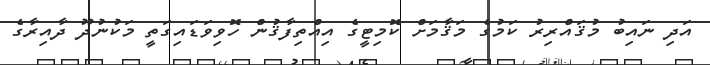
އަދި ނައިބު މުޤައްރިރު ކަމުގެ މަޤާމަށް ކޮމިޓީގެ އިއްތިފާޤުން ހޮވިވަޑައިގަތީ މަކުނުދޫ ދާއިރާގެ